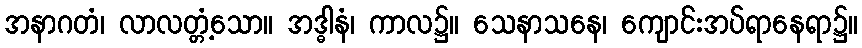
အနာဂတံ၊ လာလတ္တံ့သော။ အဒ္ဓါနံ၊ ကာလ၌။ သေနာသနေ၊ ကျောင်းအပ်ရာနေရာ၌။